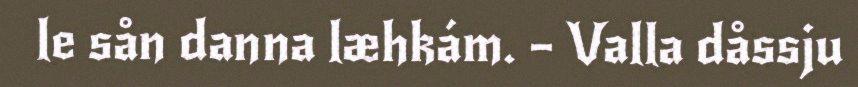
le sån danna læhkám. – Valla dåssju